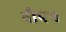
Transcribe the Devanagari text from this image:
वीयथ